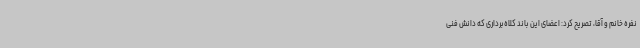
نفره خانم و آقا، تصریح کرد: اعضای این باند کلاه‌برداری که دانش فنی